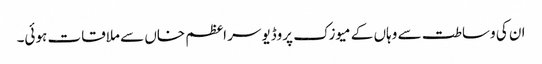
ان کی وساطت سے وہاں کے میوزک پروڈیوسر اعظم خاں سے ملاقات ہوئی۔